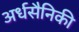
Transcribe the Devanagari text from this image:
अर्धसैनिकी